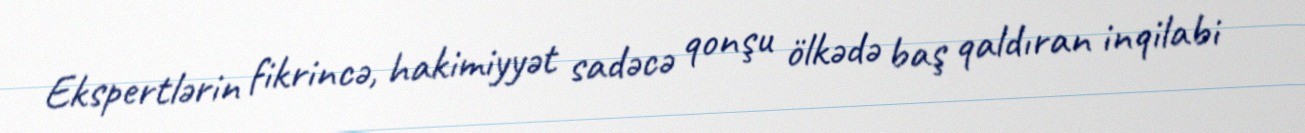
Ekspertlərin fikrincə, hakimiyyət sadəcə qonşu ölkədə baş qaldıran inqilabi